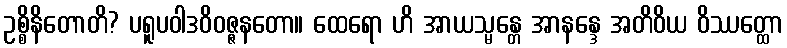
ဥစ္စိနိတောတိ? ပရူပဝါဒဝိဝဇ္ဇနတော။ ထေရော ဟိ အာယသ္မန္တေ အာနန္ဒေ အတိဝိယ ဝိဿတ္ထော